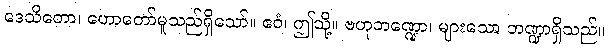
ဒေသိတော၊ ဟောတော်မူသည်ရှိသော်။ ဧဝံ၊ ဤသို့။ ဗဟုဘဏ္ဍော၊ များသော ဘဏ္ဍာရှိသည်။